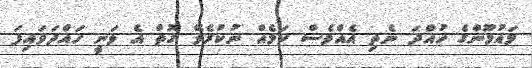
މައުމޫންގެ ހުއްދަ ނެތި އެއްވެސް ކަމެއް ނުކުރެވޭ ގޮތް އެ ވަނީ ހައްދަވައިފަ